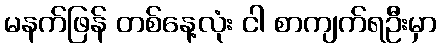
မနက်ဖြန် တစ်နေ့လုံး ငါ စာကျက်ရဦးမှာ